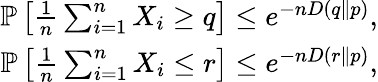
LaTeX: \begin{array}{r}{\mathbb{P}\left[\frac{1}{n}\sum_{i=1}^{n}X_{i}\ge q\right]\le e^{-nD(q\| p)},}\\ {\mathbb{P}\left[\frac{1}{n}\sum_{i=1}^{n}X_{i}\le r\right]\le e^{-nD(r\| p)},}\end{array}